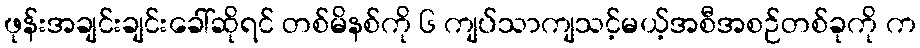
ဖုန်းအချင်းချင်းခေါ်ဆိုရင် တစ်မိနစ်ကို ၆ ကျပ်သာကျသင့်မယ့်အစီအစဉ်တစ်ခုကို က